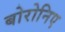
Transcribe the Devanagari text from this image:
बोरोनिए